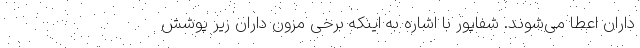
داران اعطا می‌شوند. شفاپور با اشاره به اینکه برخی مزون داران زیر پوشش